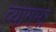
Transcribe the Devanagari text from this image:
व्यागमा